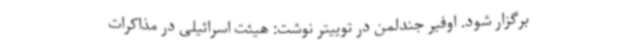
برگزار شود. اوفیر جندلمن در توییتر نوشت: هیئت اسرائیلی در مذاکرات